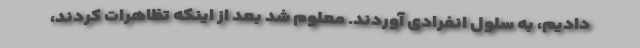
دادیم، به سلول انفرادی آوردند. معلوم شد بعد از اینكه تظاهرات كردند،